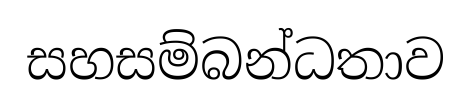
සහසම්බන්ධතාව